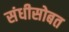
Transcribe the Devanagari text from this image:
संधीसोबत